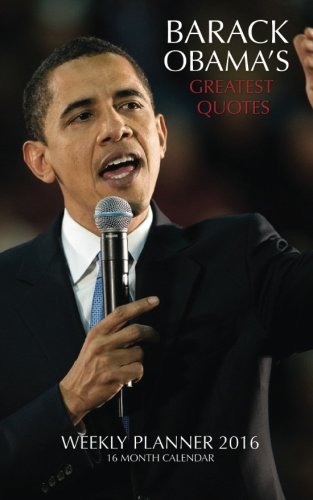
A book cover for BARACK OBAMA'S GREATEST QUOTES Weekly Planner 2016: 16 Month Calendar; Jack Smith; Calendars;